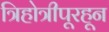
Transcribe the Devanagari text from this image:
त्रिहोत्रीपूरहून